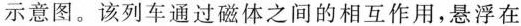
示意图.该列车通过磁体之间的相互作用，悬浮在